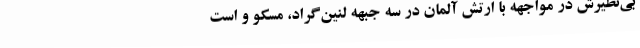
بی‌نظیرش در مواجهه با ارتش آلمان در سه جبهه لنین‌گراد، مسکو و است